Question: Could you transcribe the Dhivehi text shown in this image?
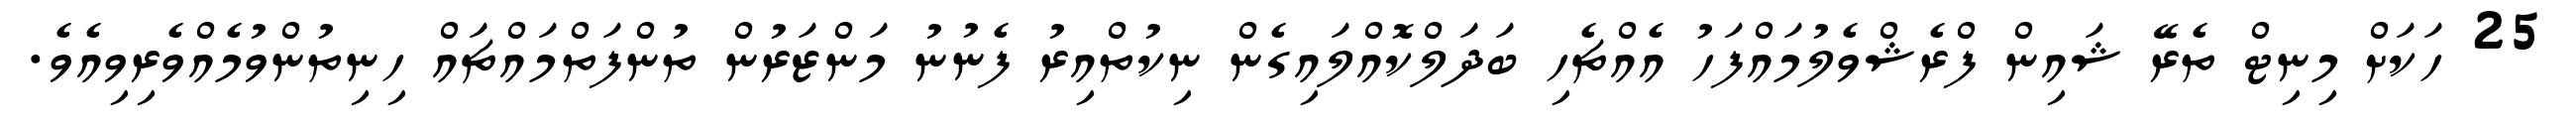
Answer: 25 ހަކަށް މިނިޓް ތެރޭ ޝައިން ފްރެޝްވެލުމައްފަހު އެއްޗެހި ބަދަލްކޮއްލައިގެން ނިކުތްއިރު ފެނުނު މަންޒަރުން ތުންފަތްމައްޗައް ހިނިތުންވުމެއްވެރިވިއެވެ.